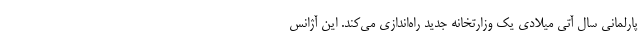
پارلمانی سال آتی میلادی یک وزارتخانه جدید راه‌اندازی می‌کند. این آژانس